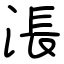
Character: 涱